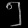
Digit: ၅